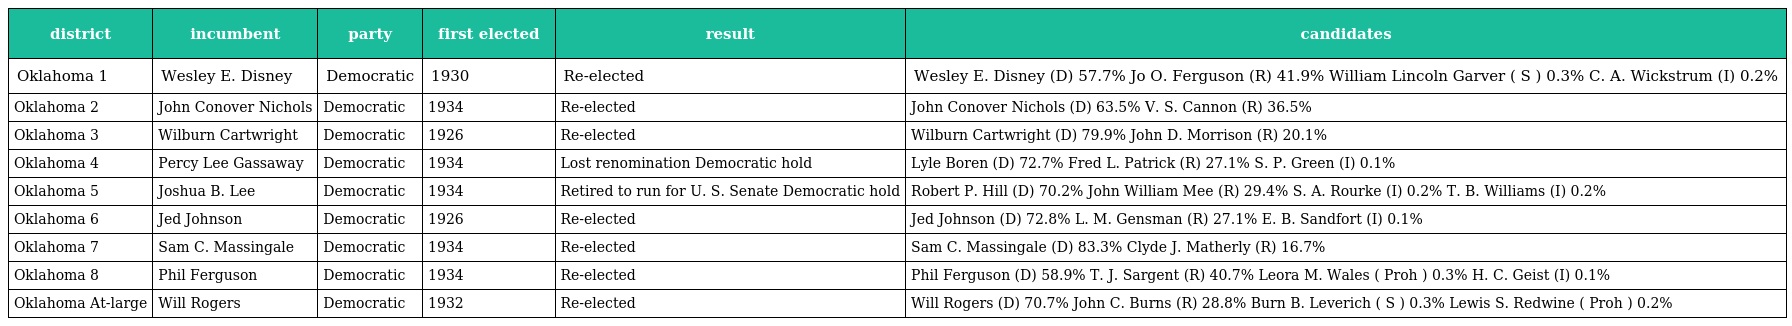
| district | incumbent | party | first elected | result | candidates |
 | --- | --- | --- | --- | --- | --- |
 | Oklahoma 1 | Wesley E. Disney | Democratic | 1930 | Re-elected | Wesley E. Disney (D) 57.7% Jo O. Ferguson (R) 41.9% William Lincoln Garver ( S ) 0.3% C. A. Wickstrum (I) 0.2% |
 | Oklahoma 2 | John Conover Nichols | Democratic | 1934 | Re-elected | John Conover Nichols (D) 63.5% V. S. Cannon (R) 36.5% |
 | Oklahoma 3 | Wilburn Cartwright | Democratic | 1926 | Re-elected | Wilburn Cartwright (D) 79.9% John D. Morrison (R) 20.1% |
 | Oklahoma 4 | Percy Lee Gassaway | Democratic | 1934 | Lost renomination Democratic hold | Lyle Boren (D) 72.7% Fred L. Patrick (R) 27.1% S. P. Green (I) 0.1% |
 | Oklahoma 5 | Joshua B. Lee | Democratic | 1934 | Retired to run for U. S. Senate Democratic hold | Robert P. Hill (D) 70.2% John William Mee (R) 29.4% S. A. Rourke (I) 0.2% T. B. Williams (I) 0.2% |
 | Oklahoma 6 | Jed Johnson | Democratic | 1926 | Re-elected | Jed Johnson (D) 72.8% L. M. Gensman (R) 27.1% E. B. Sandfort (I) 0.1% |
 | Oklahoma 7 | Sam C. Massingale | Democratic | 1934 | Re-elected | Sam C. Massingale (D) 83.3% Clyde J. Matherly (R) 16.7% |
 | Oklahoma 8 | Phil Ferguson | Democratic | 1934 | Re-elected | Phil Ferguson (D) 58.9% T. J. Sargent (R) 40.7% Leora M. Wales ( Proh ) 0.3% H. C. Geist (I) 0.1% |
 | Oklahoma At-large | Will Rogers | Democratic | 1932 | Re-elected | Will Rogers (D) 70.7% John C. Burns (R) 28.8% Burn B. Leverich ( S ) 0.3% Lewis S. Redwine ( Proh ) 0.2% |